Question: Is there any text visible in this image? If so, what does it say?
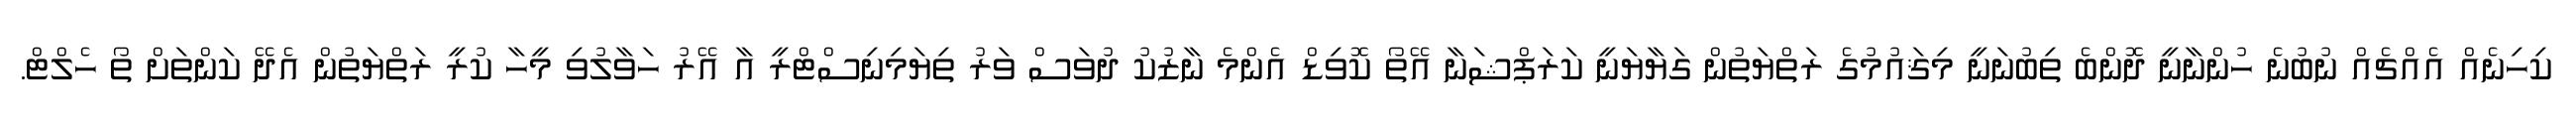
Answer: ކިހިނެއް އެއްޗެއް ނުބުނެ ހުންނާނީ ދޮންބެ ތިބުނަނީ މިޤައުމުގެ ރަތްޔަތުން ގަޔާޔަނީ ކަރަޕްޝަނާ އޭތޯ ކޮވިޑް އެންމެ ނާޒުކު ދުވަސް ވަރު ތިޔަމިނިސްޓްރީ އާ އޭރު ހަވާލުވި މީހާ ކުރީ ރަތްޔަތުން އެދޭ ކަންތަށް ތޯ ހެލްޓް.